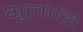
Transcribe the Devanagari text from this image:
भूलोनि